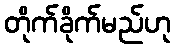
တိုက်ခိုက်မည်ဟု